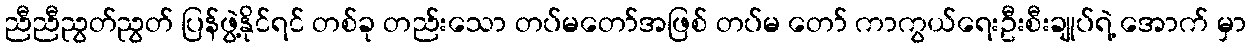
ညီညီညွတ်ညွတ် ပြန်ဖွဲ့နိုင်ရင် တစ်ခု တည်းသော တပ်မတော်အဖြစ် တပ်မ တော် ကာကွယ်ရေးဦးစီးချုပ်ရဲ့ အောက် မှာ